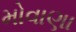
મોવાણા